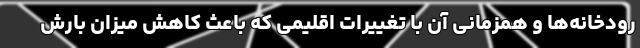
رودخانه‌ها و همزمانی آن با تغییرات اقلیمی که باعث کاهش میزان بارش